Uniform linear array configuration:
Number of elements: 32
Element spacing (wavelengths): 0.5
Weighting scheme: blackman
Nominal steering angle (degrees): -30
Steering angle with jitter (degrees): -28.509
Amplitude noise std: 0.05
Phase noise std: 0.05

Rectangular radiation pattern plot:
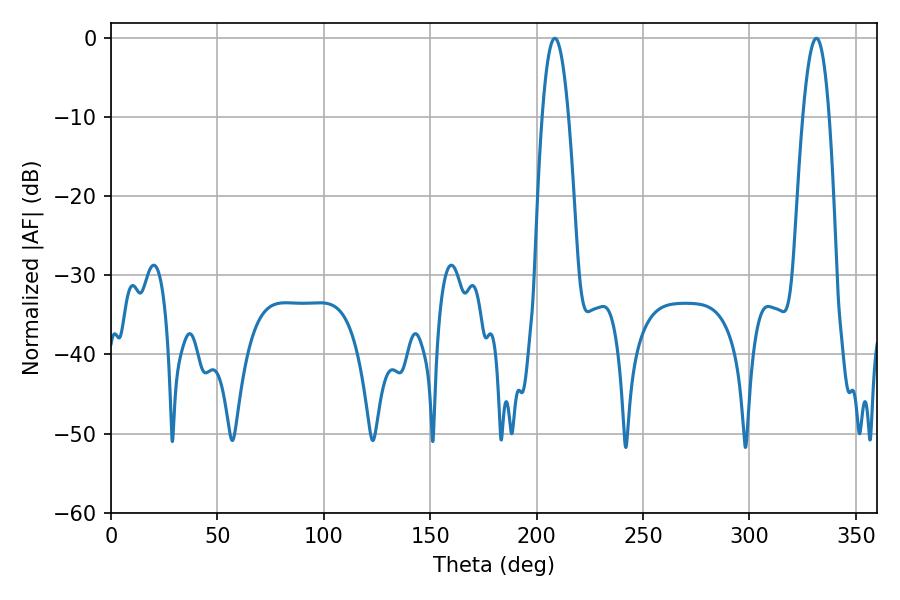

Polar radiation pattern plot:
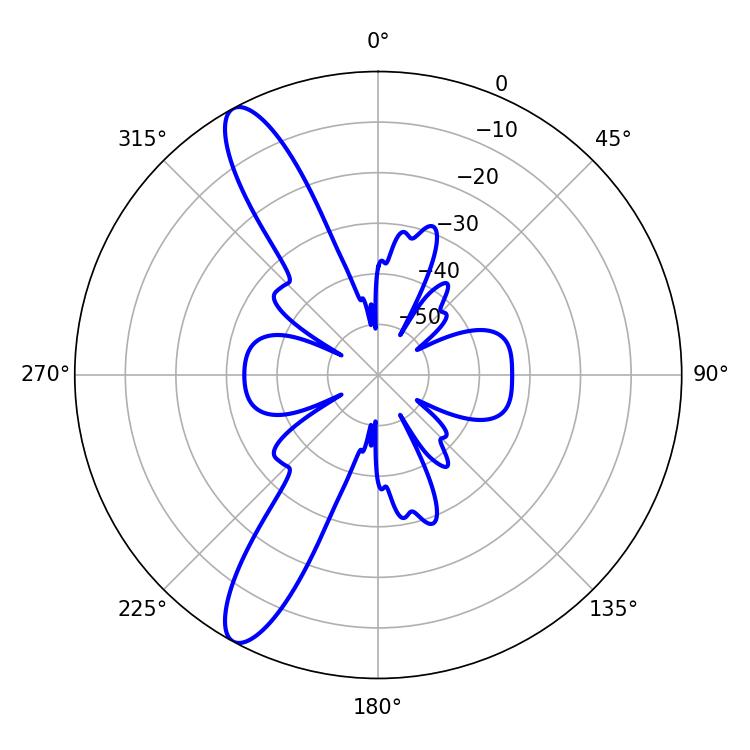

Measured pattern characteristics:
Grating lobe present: FALSE
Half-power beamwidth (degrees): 6.84
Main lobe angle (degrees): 208.62